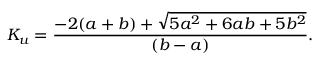
K _ { u } = \frac { - 2 ( a + b ) + \sqrt { 5 a ^ { 2 } + 6 a b + 5 b ^ { 2 } } } { ( b - a ) } .